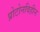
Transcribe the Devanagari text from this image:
प्रोटोनविहीन